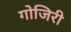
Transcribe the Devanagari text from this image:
गोजिरी